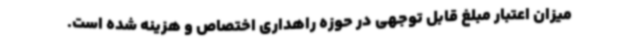
میزان اعتبار مبلغ قابل توجهی در حوزه راهداری اختصاص و هزینه شده است.